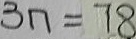
3 n = 7 8